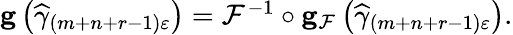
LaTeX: \begin{array}{r}{\mathbf{g}\left(\widehat{\gamma}_{\left(m+n+r-1\right)\varepsilon}\right)=\mathcal{F}^{-1}\circ\mathbf{g}_{\mathcal{F}}\left(\widehat{\gamma}_{\left(m+n+r-1\right)\varepsilon}\right).}\end{array}